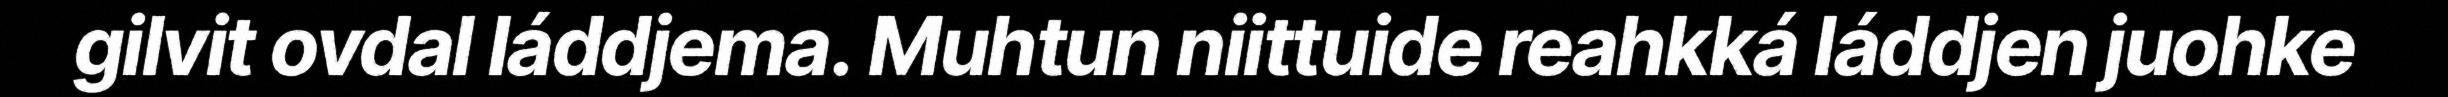
gilvit ovdal láddjema. Muhtun niittuide reahkká láddjen juohke